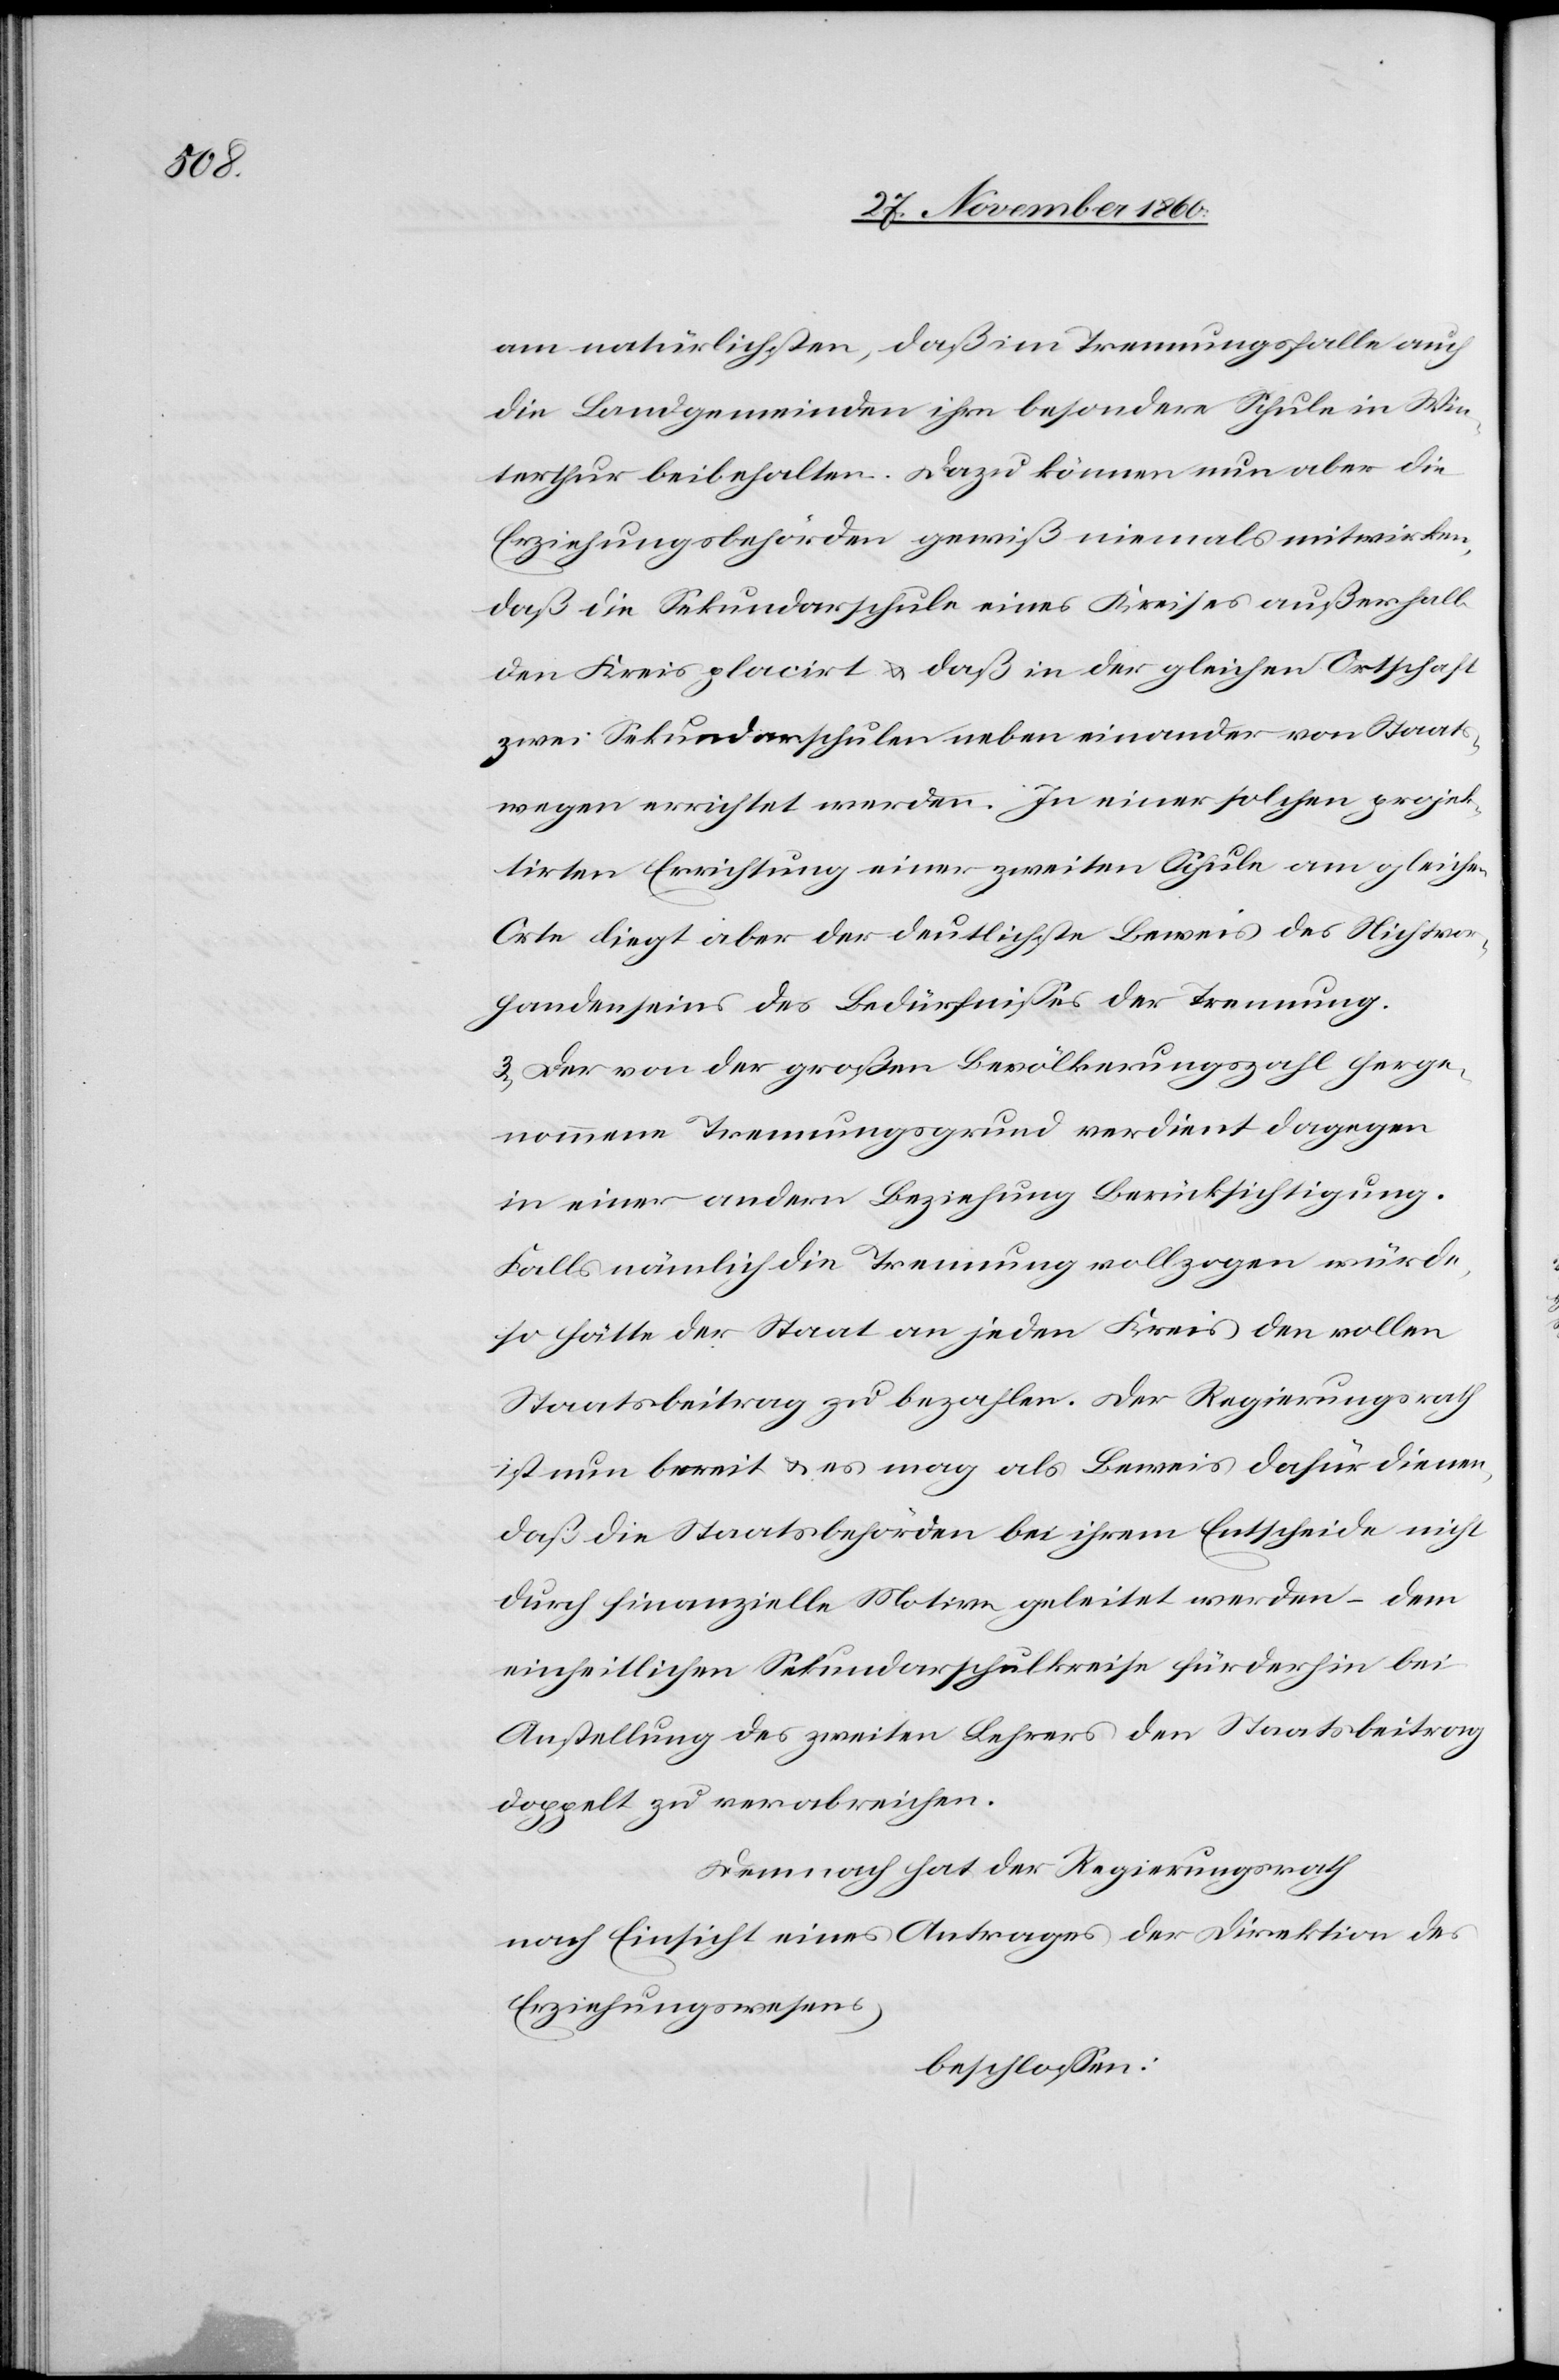
am natürlichsten, daß im Trennungsfalle auch
die Landgemeinden ihre besondere Schule in Win¬
terthur beibehalten. Dazu können nun aber die
Erziehungsbehörden gewiß niemals mitwirken,
daß die Sekundarschule eines Kreises außerhalb
den Kreis placirt u. daß in der gleichen Ortschaft
wie Sekundarschulen neben einander von Staats¬
wegen errichtet werden. In einer solchen projek¬
tirten Errichtung einer zweiten Schule am gleichen
Orte liegt aber der deutlichste Beweis des Nichtvor¬
handenseins des Bedürfnisses der Trennung.
3. Der von der großen Bevölkerungszahl herge¬
nommene Trennungsgrund verdient dagegen
in einer andern Beziehung Berücksichtigung.
Falls nämlich die Trennung vollzogen würde,
so hätte der Staat in jedem Kreis den vollen
Staatsbeitrag zu bezahlen. Der Regierungsrath
ist nun bereit u. es mag als Beweis dafür dienen,
daß die Staatsbehörden bei ihrem Entscheide nicht
durch finanzielle Motive geleitet werden – dem
einheitlichen Sekundarschulkreise für derhin bei
Anstellung des zweiten Lehrers den Staatsbeitrag
doppelt zu verabreichen.
Demnach hat der Regierungsrath
nach Einsicht eines Antrages der Direktion des
Erziehungswesens,
beschlossen: